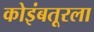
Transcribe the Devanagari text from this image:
कोइंबतूरला